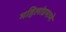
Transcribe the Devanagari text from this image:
महिलांप्रमाणे